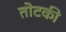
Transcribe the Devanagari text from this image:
तोटकी